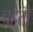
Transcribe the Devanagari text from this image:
चहेतों